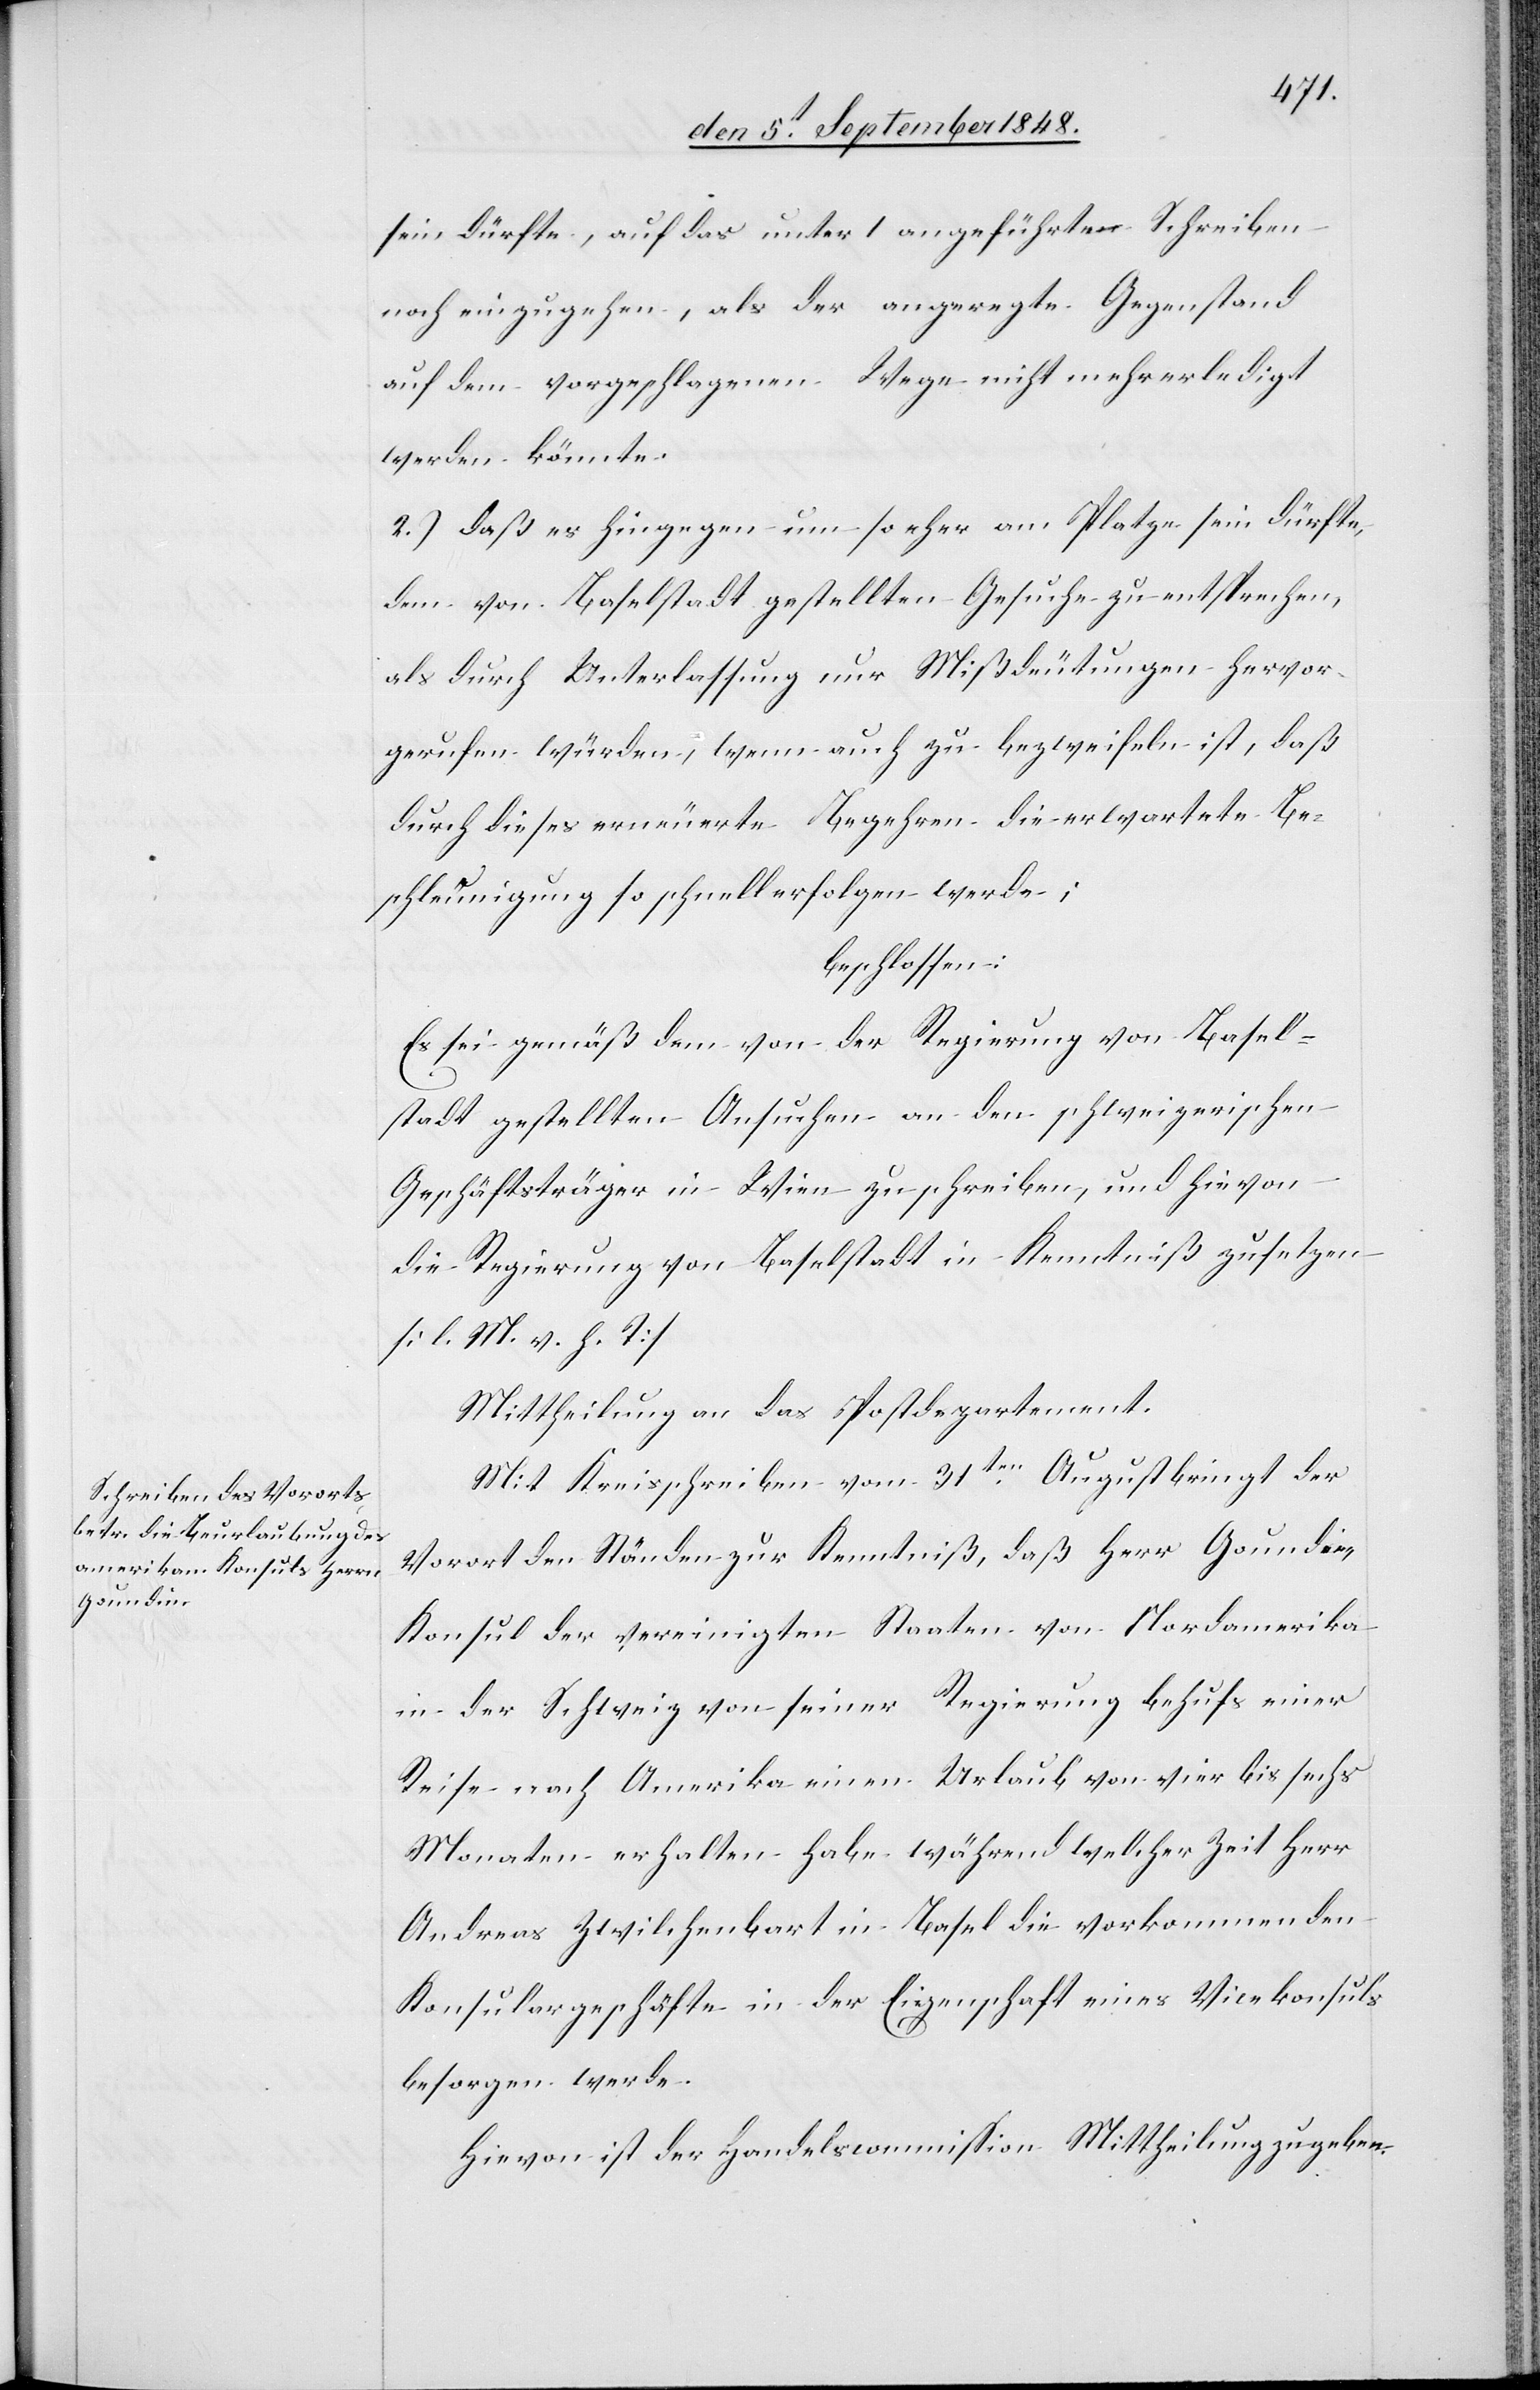
sein dürfte, auf das unter 1. angeführten Schreiben
noch einzugehen, als der angeregte Gegenstand
auf dem vorgeschlagenen Wege nicht mehr erledigt
werden könnte.
2.) daß es hingegen um so eher am Platze sein dürfte,
dem von Baselstadt gestellten Gesuche zu entsprechen,
als durch Unterlassung nur Mißdeutungen hervor¬
gerufen würden, wenn auch zu bezweifeln ist, daß
durch dieses erneuerte Begehren die erwartete Be¬
schleunigung so schnell erfolgen werde;
beschlossen:
Es sei gemäß dem von der Regierung von Basel¬
stadt gestellten Ansuchen an den schweizerischen
Geschäftsträger in Wien zu schreiben, und hievon
die Regierung von Baselstadt in Kenntniß zu setzen.
[l. M. v. h. T]
Mittheilung an das Postdepartement.
Mit Kreisschreiben vom 31ten August bringt der
Vorort den Ständen zur Kenntniß, daß Herr Goudin
Konsul der vereinigten Staaten von Nordamerika
in der Schweiz von seiner Regierung behufs einer
Reise nach Amerika einen Urlaub von vier bis sechs
Monaten erhalten habe während welcher Zeit Herr
Andreas Zwilchenbart in Basel die vorkommenden
Konsulargeschäfte in der Eigenschaft eines Vicekonsuls
besorgen werde.
Hievon ist der Handelscommission Mittheilung zu geben